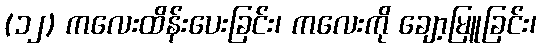
(၁၂) ကလေးထိန်းပေးခြင်း၊ ကလေးကို ချော့မြူခြင်း၊